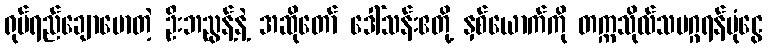
ရုပ်ရည်ချောမောတဲ့ ဦးဘညွန့်နဲ့ အဆိုတော် ဒေါ်သန်းဧတို့ နှစ်ယောက်ကို တက္ကသိုလ်သမဂ္ဂရန်ပုံငွေ